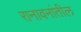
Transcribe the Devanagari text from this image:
रानावनांतील